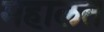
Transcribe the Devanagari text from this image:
महालत